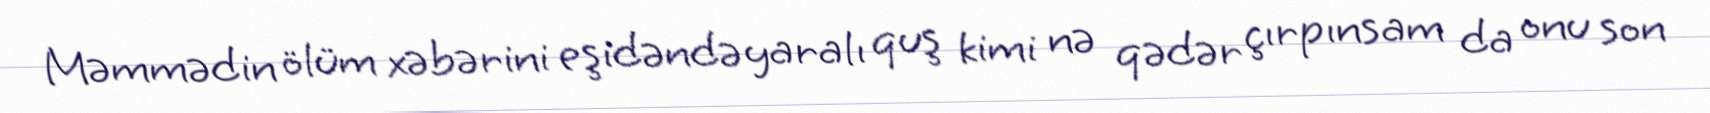
Məmmədin ölüm xəbərini eşidəndə yaralı quş kimi nə qədər çırpınsam da onu son